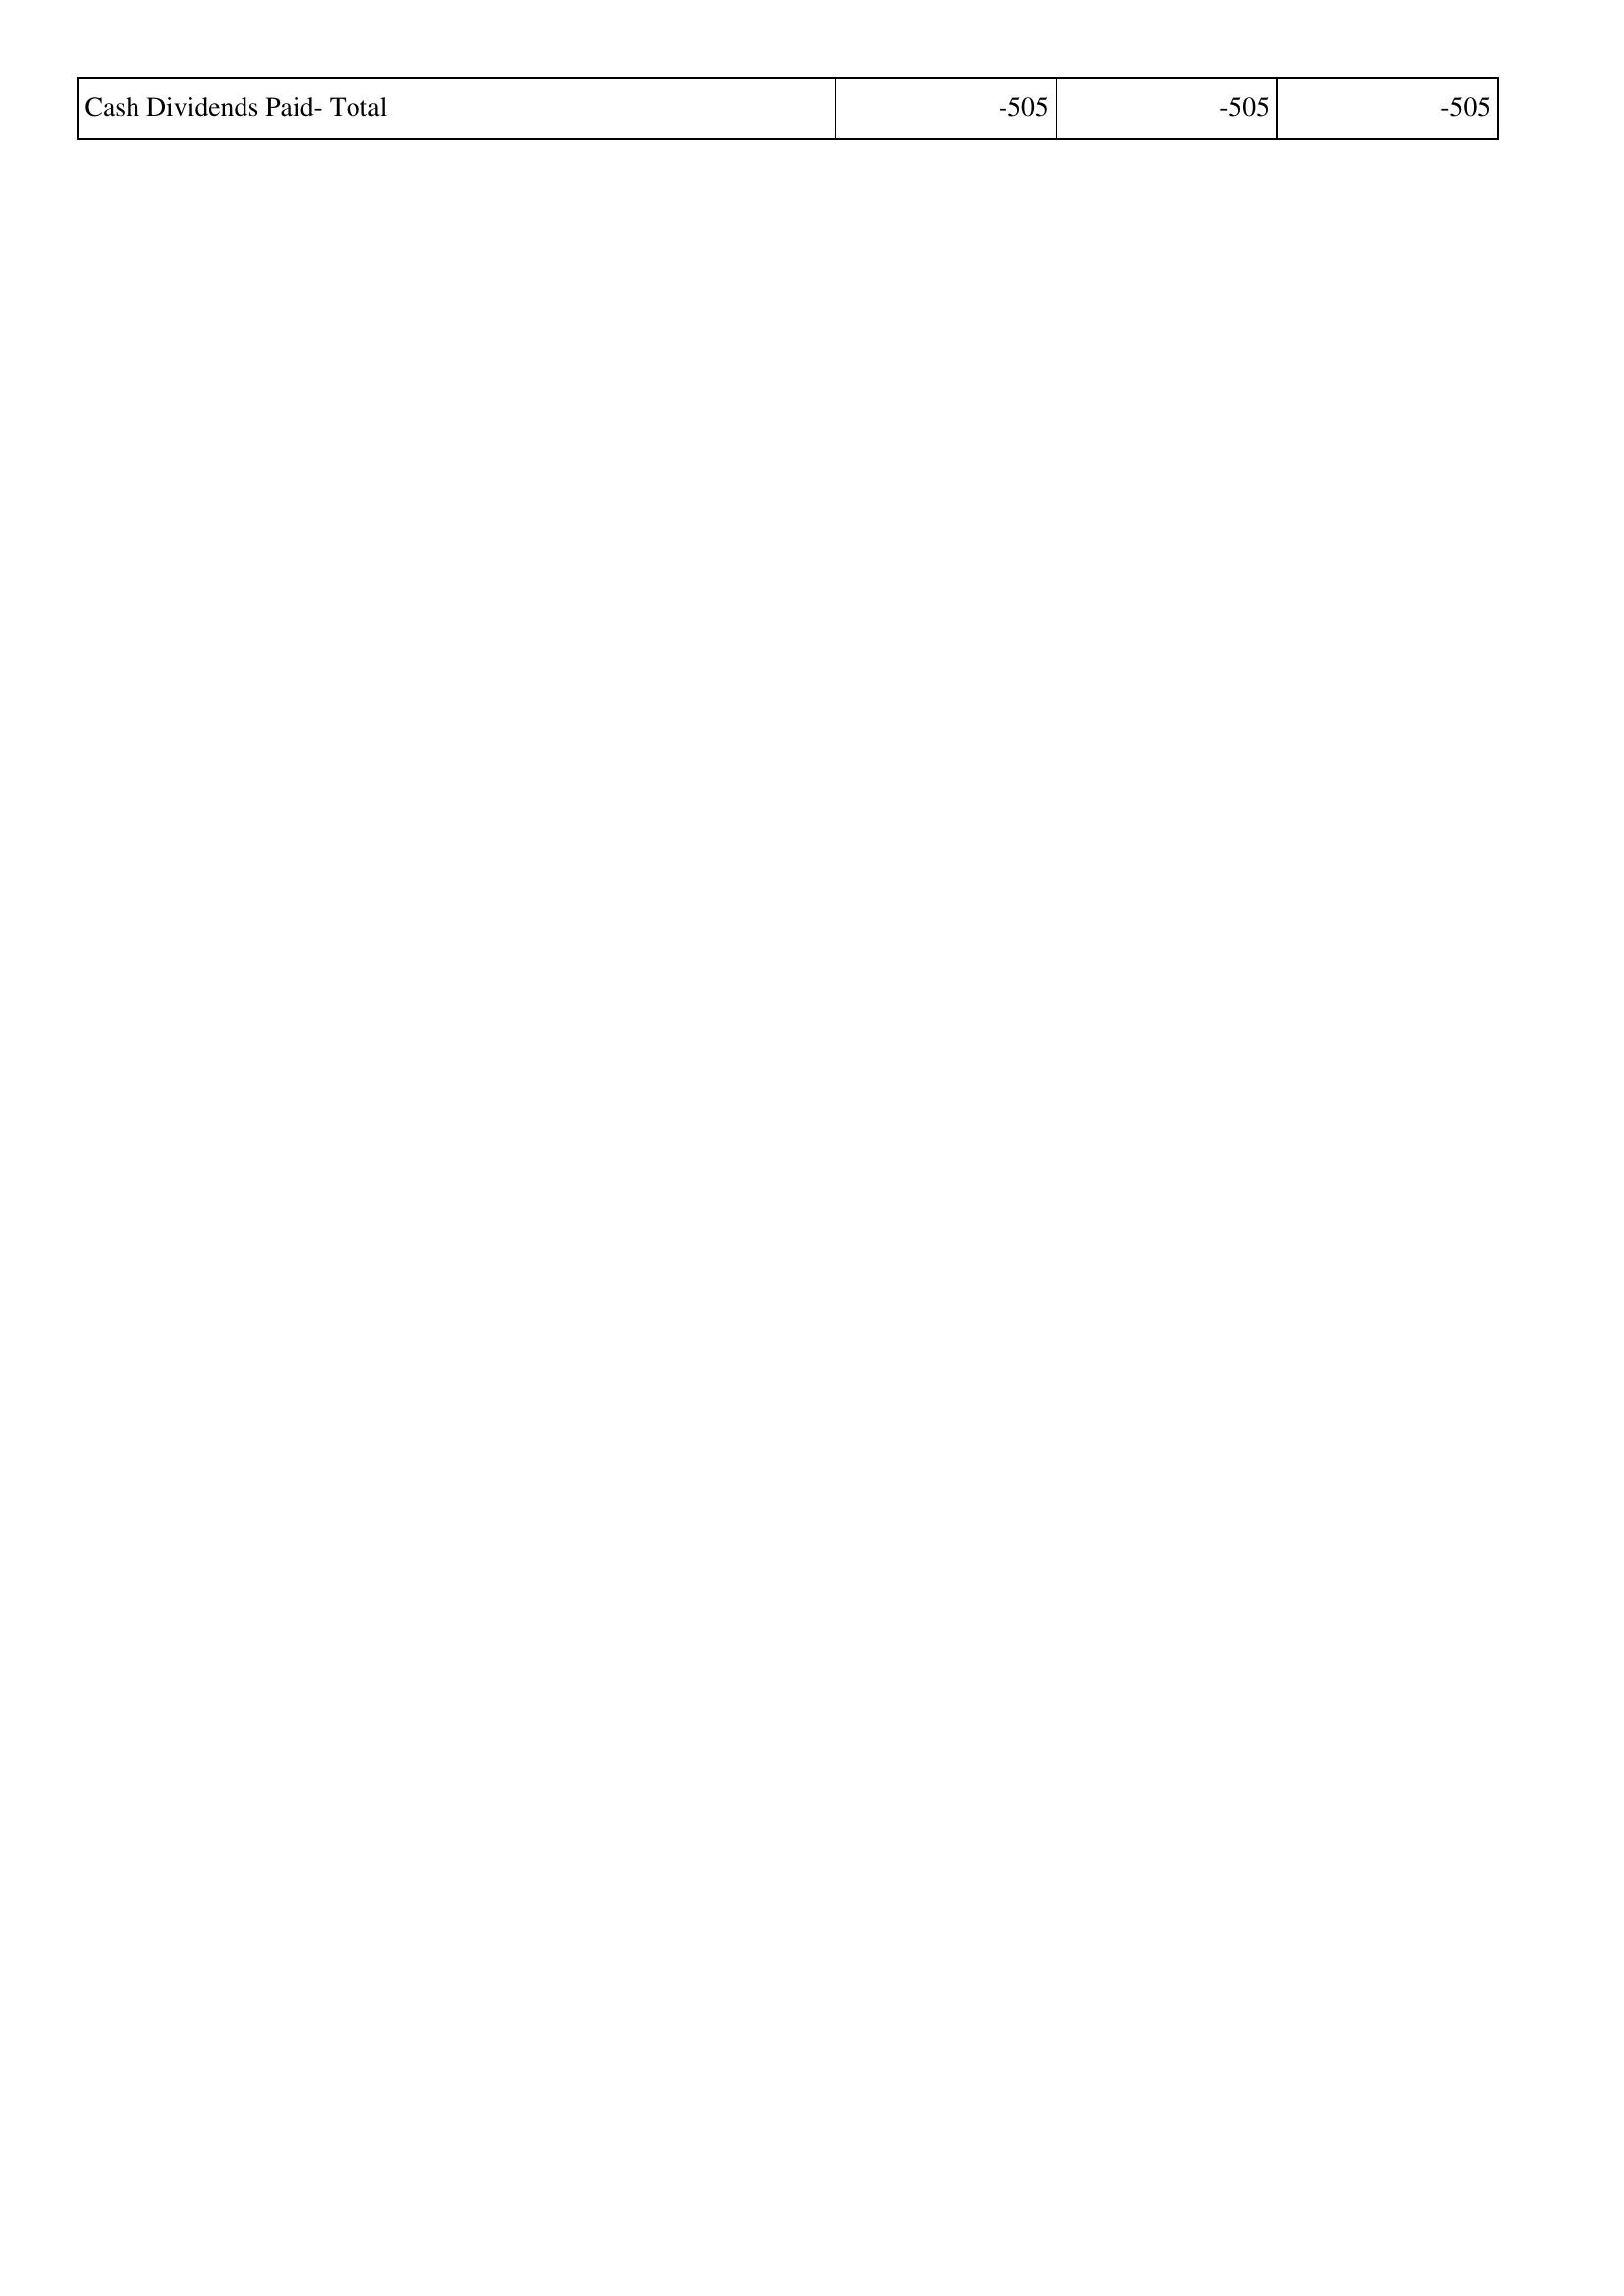
2011: Financing Activities: Cash Dividends Paid- Total: -505
2012: Financing Activities: Cash Dividends Paid- Total: -505
2013: Financing Activities: Cash Dividends Paid- Total: -505